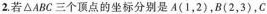
2. 若△ABC三个顶点的坐标分别是A(1，2)，B(2，3)，C